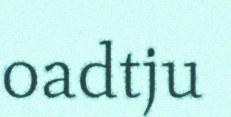
oadtju